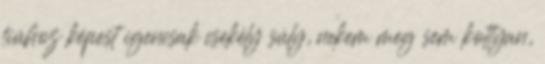
fiúhoz képest igencsak csekély súly, nekem meg sem kottyan,